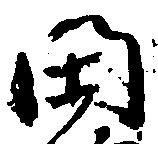
閑